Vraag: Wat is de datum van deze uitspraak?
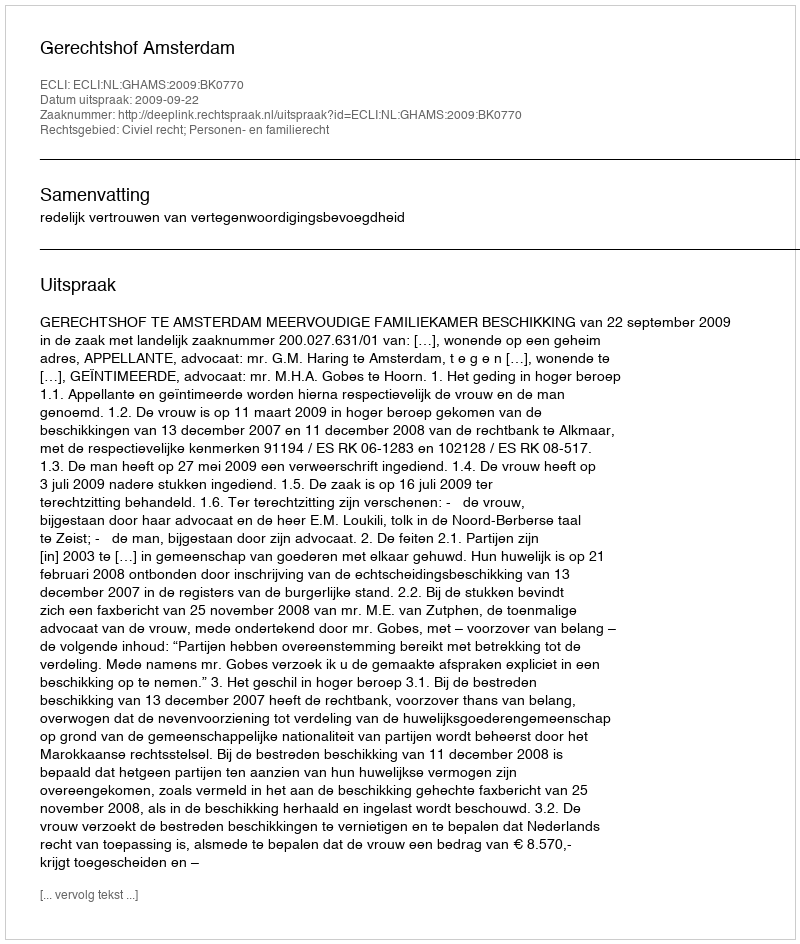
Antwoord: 2009-09-22